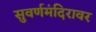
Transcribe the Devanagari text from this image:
सुवर्णमंदिरावर